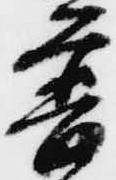
普